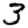
Digit: 3